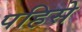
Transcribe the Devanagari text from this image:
पहिसे